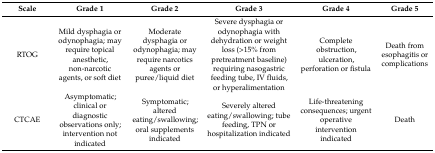
<table><thead><tr><td><b>Scale</b></td><td><b>Grade 1</b></td><td><b>Grade 2</b></td><td><b>Grade 3</b></td><td><b>Grade 4</b></td><td><b>Grade 5</b></td></tr></thead><tbody><tr><td>RTOG</td><td>Mild dysphagia or odynophagia; may require topical anesthetic, non-narcotic agents, or soft diet</td><td>Moderate dysphagia or odynophagia; may require narcotics agents or puree/liquid diet</td><td>Severe dysphagia or odynophagia with dehydration or weight loss (&gt;15% from pretreatment baseline) requiring nasogastric feeding tube, IV fluids, or hyperalimentation</td><td>Complete obstruction, ulceration, perforation or fistula</td><td>Death from esophagitis or complications</td></tr><tr><td>CTCAE</td><td>Asymptomatic; clinical or diagnostic observations only; intervention not indicated</td><td>Symptomatic; altered eating/swallowing; oral supplements indicated</td><td>Severely altered eating/swallowing; tube feeding, TPN or hospitalization indicated</td><td>Life-threatening consequences; urgent operative intervention indicated</td><td>Death</td></tr></tbody></table>